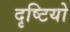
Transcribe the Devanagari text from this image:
दृष्टियो